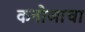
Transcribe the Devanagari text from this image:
कनोजाचा